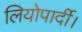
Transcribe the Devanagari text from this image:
लियोपार्दी।